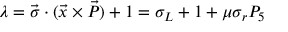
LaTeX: \lambda = \vec { \sigma } \cdot ( \vec { x } \times \vec { P } ) + 1 = \sigma _ { L } + 1 + \mu \sigma _ { r } P _ { 5 }